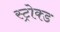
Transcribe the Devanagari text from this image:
स्ट्रोक्ड